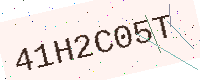
Text: 41H2C05T